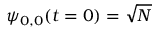
\psi _ { 0 , 0 } ( t = 0 ) = \sqrt { N }